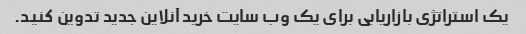
یک استراتژی بازاریابی برای یک وب سایت خرید آنلاین جدید تدوین کنید.